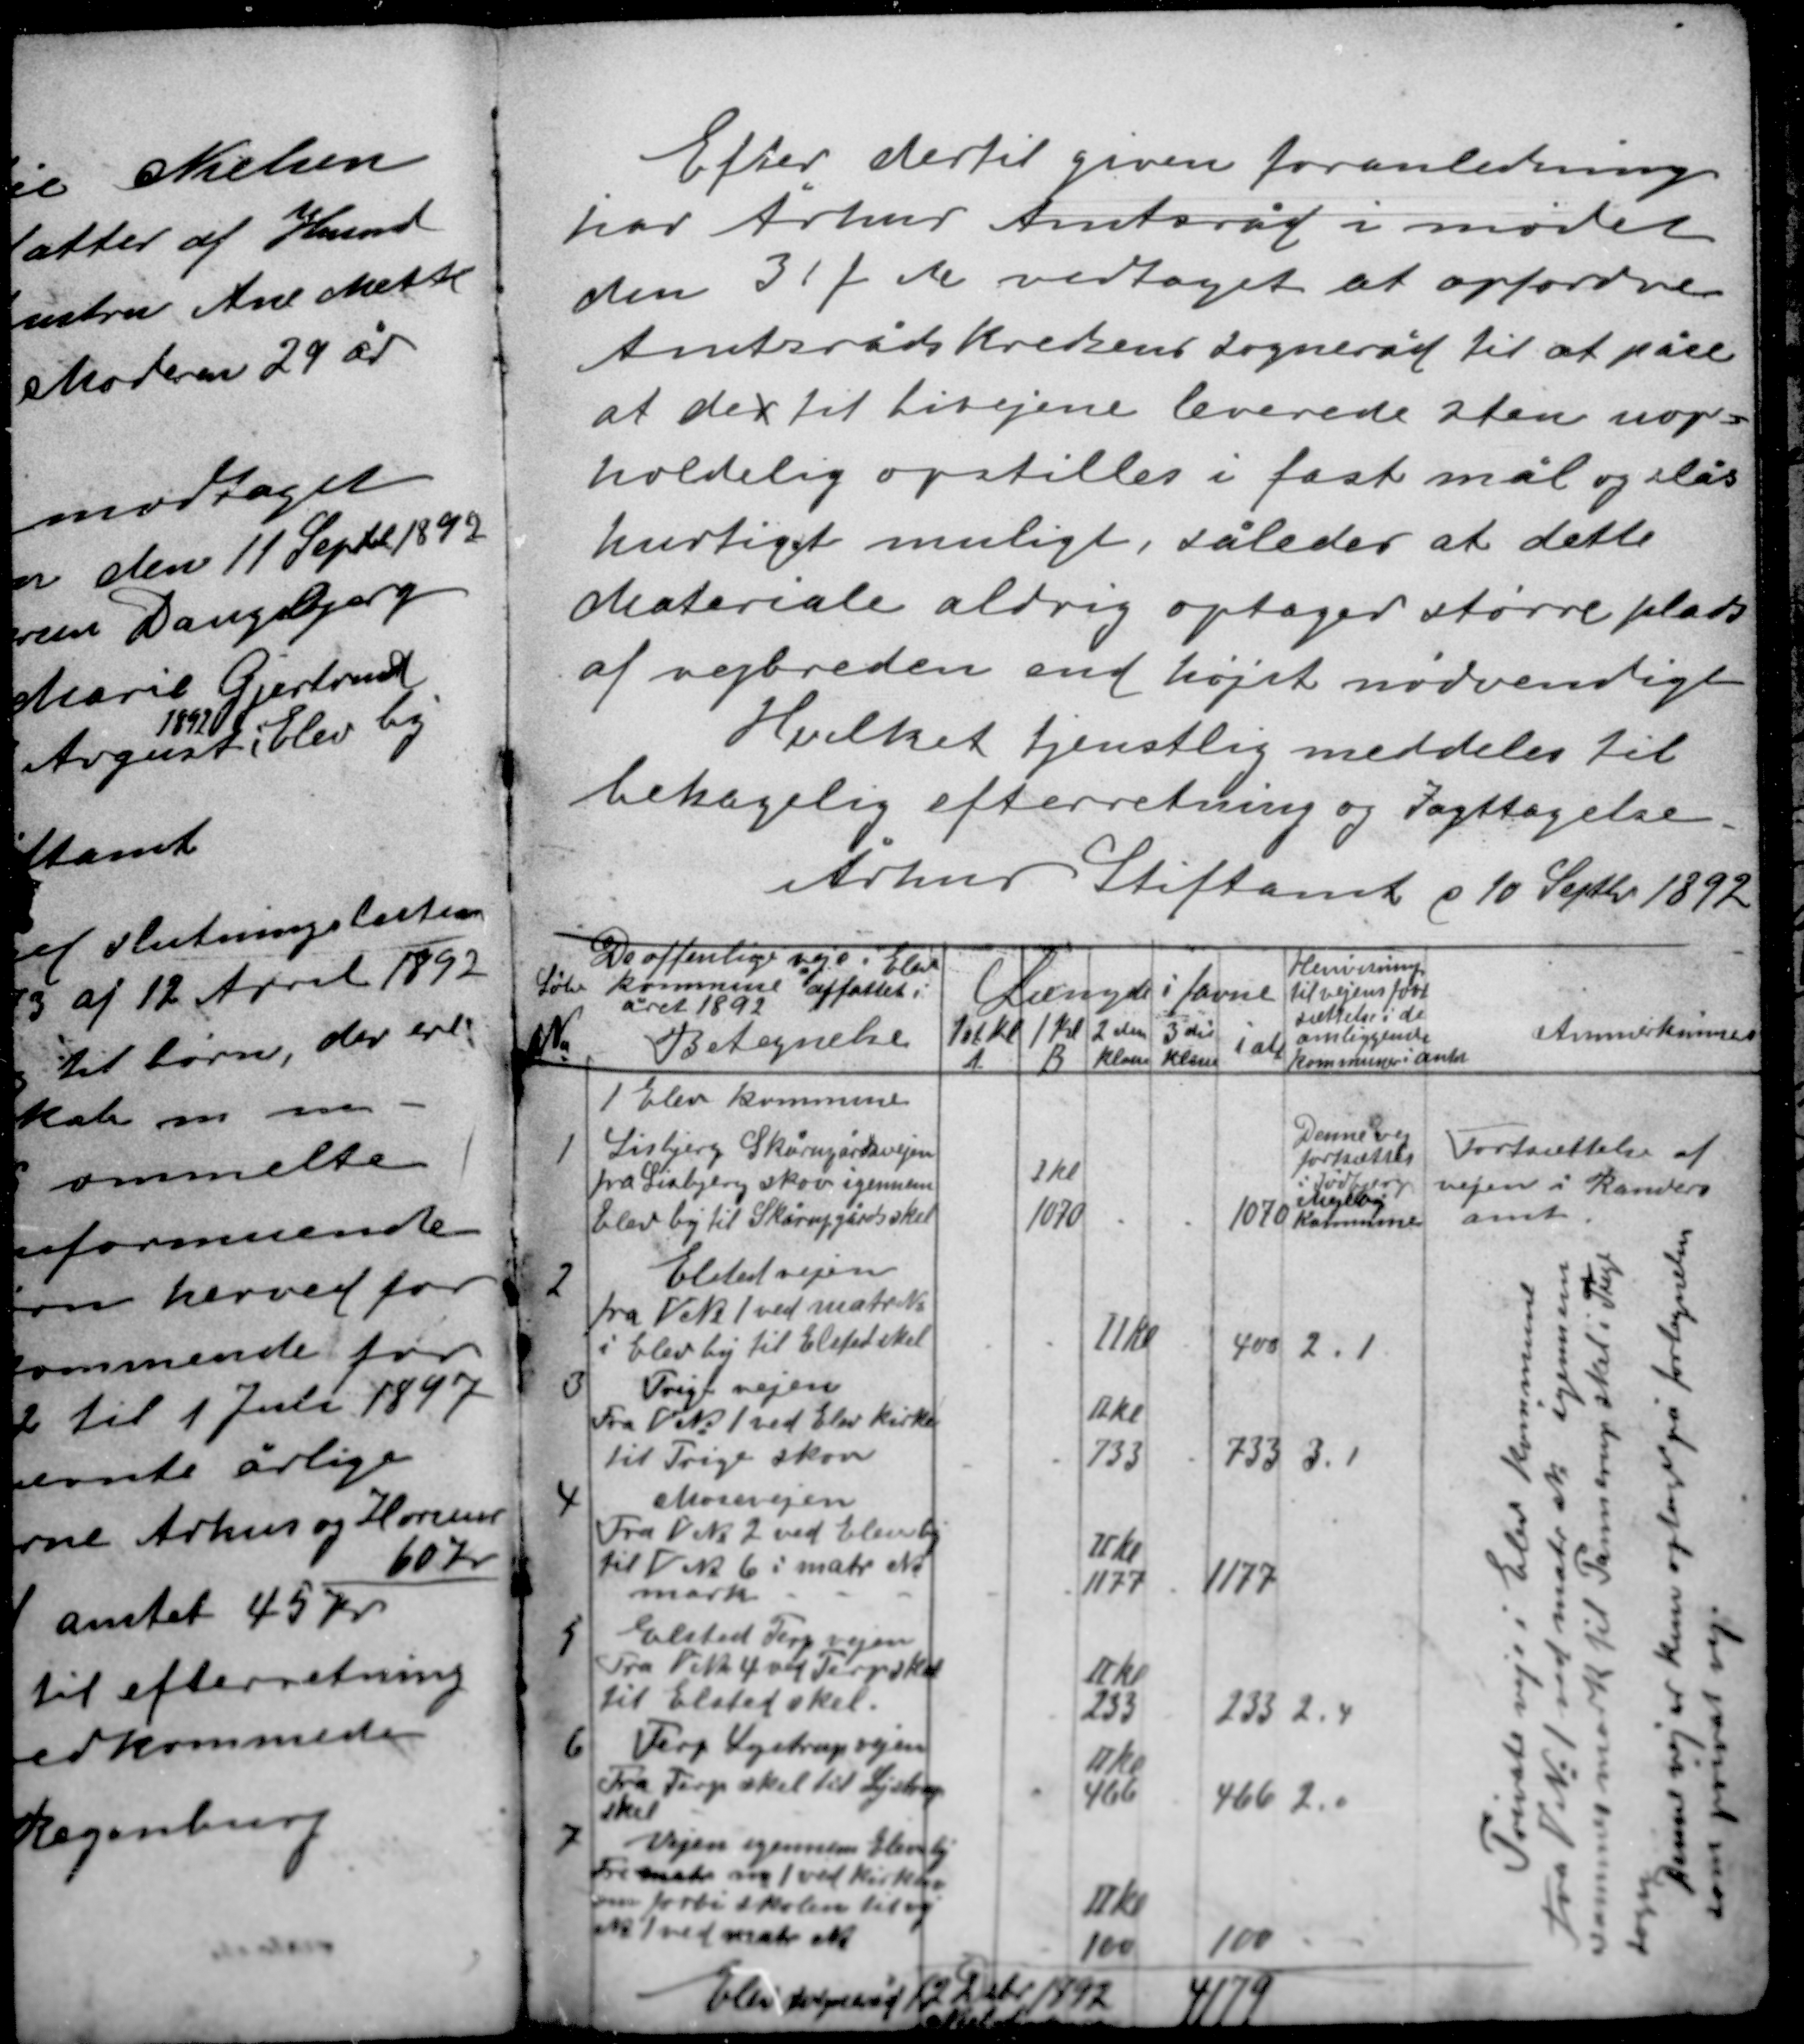
Transskription:
Efter dertil given foranledning
har Århus Amtsråd i mødet
den 31 f M vedtaget at opfordre
Amtsrådskredsens sogneråd til at påse
at der til bivejene leverede sten uop-
holdelig opstiles i fast mål og slås
hurtigst muligt, således at dette
Materiale aldrig optager større plads
af vejbreden end højst nødvendigt
Hvilket tjenstlig meddeles til
behagelig efterretning og Iagttagelse.
Århus Stiftamt d 10 Septbr 1892